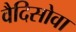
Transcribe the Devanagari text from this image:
वैदिसोवा